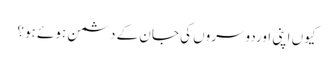
کیوں اپنی اوردوسروں کی جان کے دشمن ہوئے ہو؟